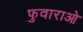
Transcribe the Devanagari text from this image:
फुवाराओ